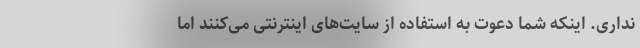
نداری. اینکه شما دعوت به استفاده از سایت‌های اینترنتی می‌کنند اما